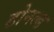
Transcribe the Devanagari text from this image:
डोनल्‍ड